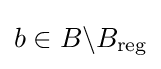
b\in B\backslash B_{\text{reg}}